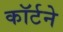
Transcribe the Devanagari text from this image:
कॉर्टने